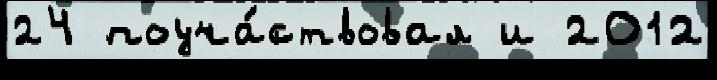
24 поуча́ствовал и 2012